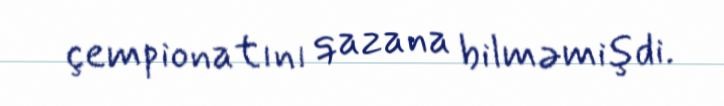
çempionatını qazana bilməmişdi.